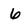
Character: 6